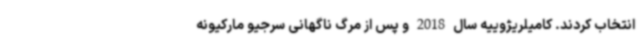
انتخاب کردند. کامیلریژوییه سال 2018 و پس از مرگ ناگهانی سرجیو مارکیونه